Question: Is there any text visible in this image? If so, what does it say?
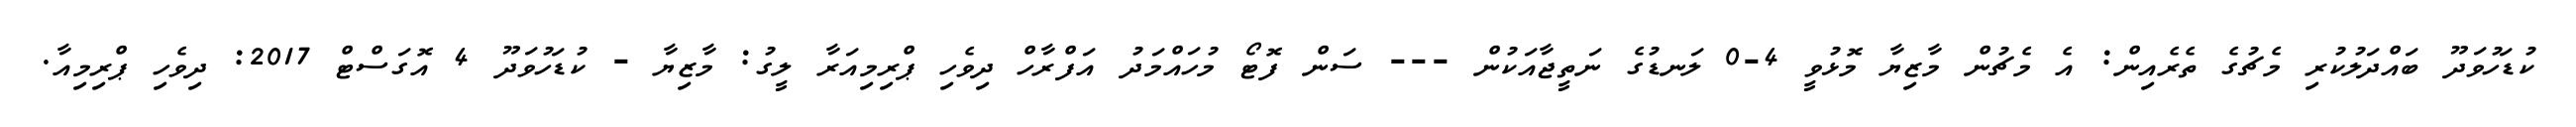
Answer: ކުޑަހުވަދޫ ބައްދަލުކުރި މެޗުގެ ތެރެއިން: އެ މެޗުން މާޒިޔާ މޮޅުވީ 4-0 ލަނޑުގެ ނަތީޖާއަކުން --- ސަން ފޮޓޯ މުހައްމަދު އަފްރާހް ދިވެހި ޕްރިމިއަރާ ލީގު: މާޒިޔާ - ކުޑަހުވަދޫ 4 އޮގަސްޓް 2017: ދިވެހި ޕްރިމިއާ.